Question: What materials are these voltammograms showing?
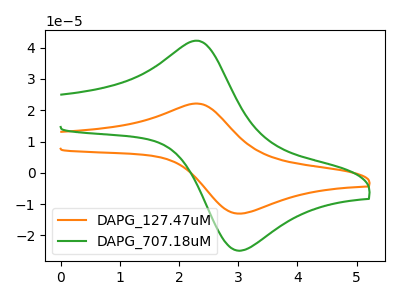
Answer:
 <answer>The orange curve is labeled "DAPG_127.47uM". The green curve is labeled "DAPG_707.18uM".</answer>
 <eval></eval>